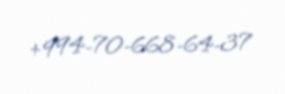
+994-70-668-64-37